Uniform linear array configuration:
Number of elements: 16
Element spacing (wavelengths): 0.75
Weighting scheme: hann
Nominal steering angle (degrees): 60
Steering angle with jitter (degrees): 58.39
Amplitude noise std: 0.05
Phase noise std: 0.05

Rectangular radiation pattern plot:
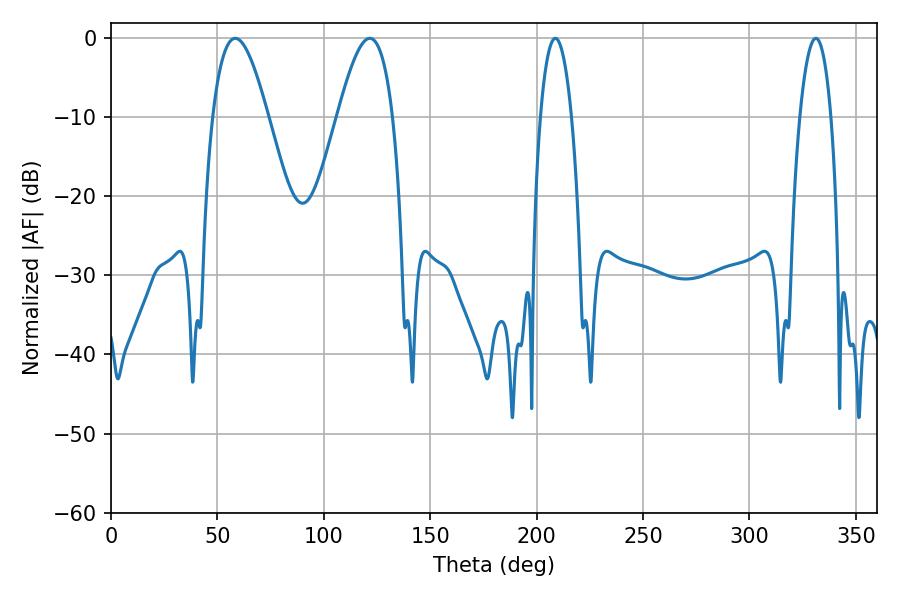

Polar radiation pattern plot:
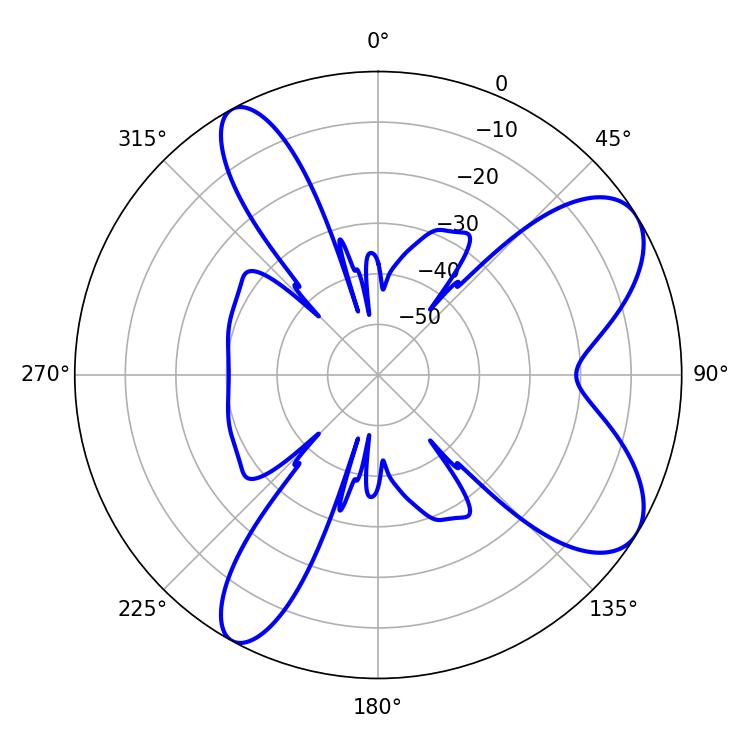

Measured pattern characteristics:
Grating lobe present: TRUE
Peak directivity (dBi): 8.026
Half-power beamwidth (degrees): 8.1
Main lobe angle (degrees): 208.8